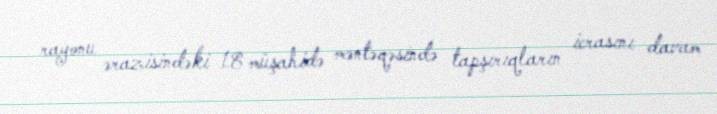
rayonu ərazisindəki 18 müşahidə məntəqəsində tapşırıqların icrasını davam